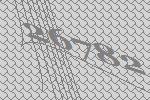
26782